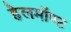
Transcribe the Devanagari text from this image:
हेलमॉण्ट